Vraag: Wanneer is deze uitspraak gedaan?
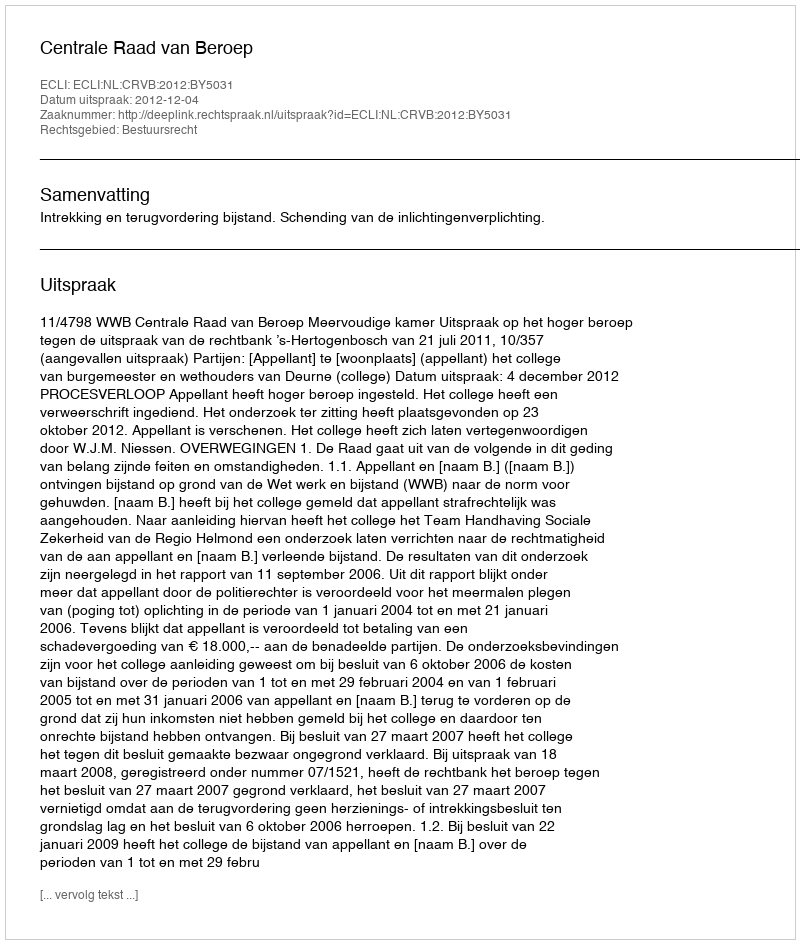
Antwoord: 2012-12-04